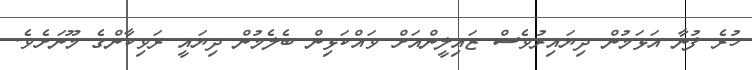
ހުރެ ފުނާ އަޅަމުން ދިޔައިރުވެސް ޒައިލީންއަށް ވައްކަޅިން ބެލެމުން ދިޔައީ ރަވިކާންގެ މޫނަށެވެ.